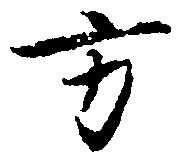
方